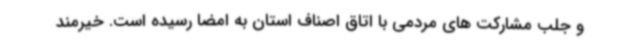
و جلب مشارکت های مردمی با اتاق اصناف استان به امضا رسیده است. خیرمند